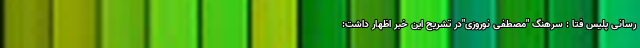
رسانی پلیس فتا : سرهنگ "مصطفی نوروزی"در تشریح این خبر اظهار داشت: